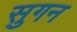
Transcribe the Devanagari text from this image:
सुगन